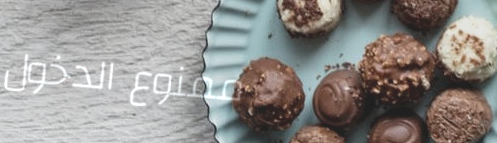
ممنوع الدخول